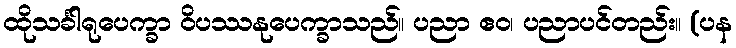
ထိုသင်္ခါရုပေက္ခာ ဝိပဿနုပေက္ခာသည်။ ပညာ ဧဝ၊ ပညာပင်တည်း။ (ပန